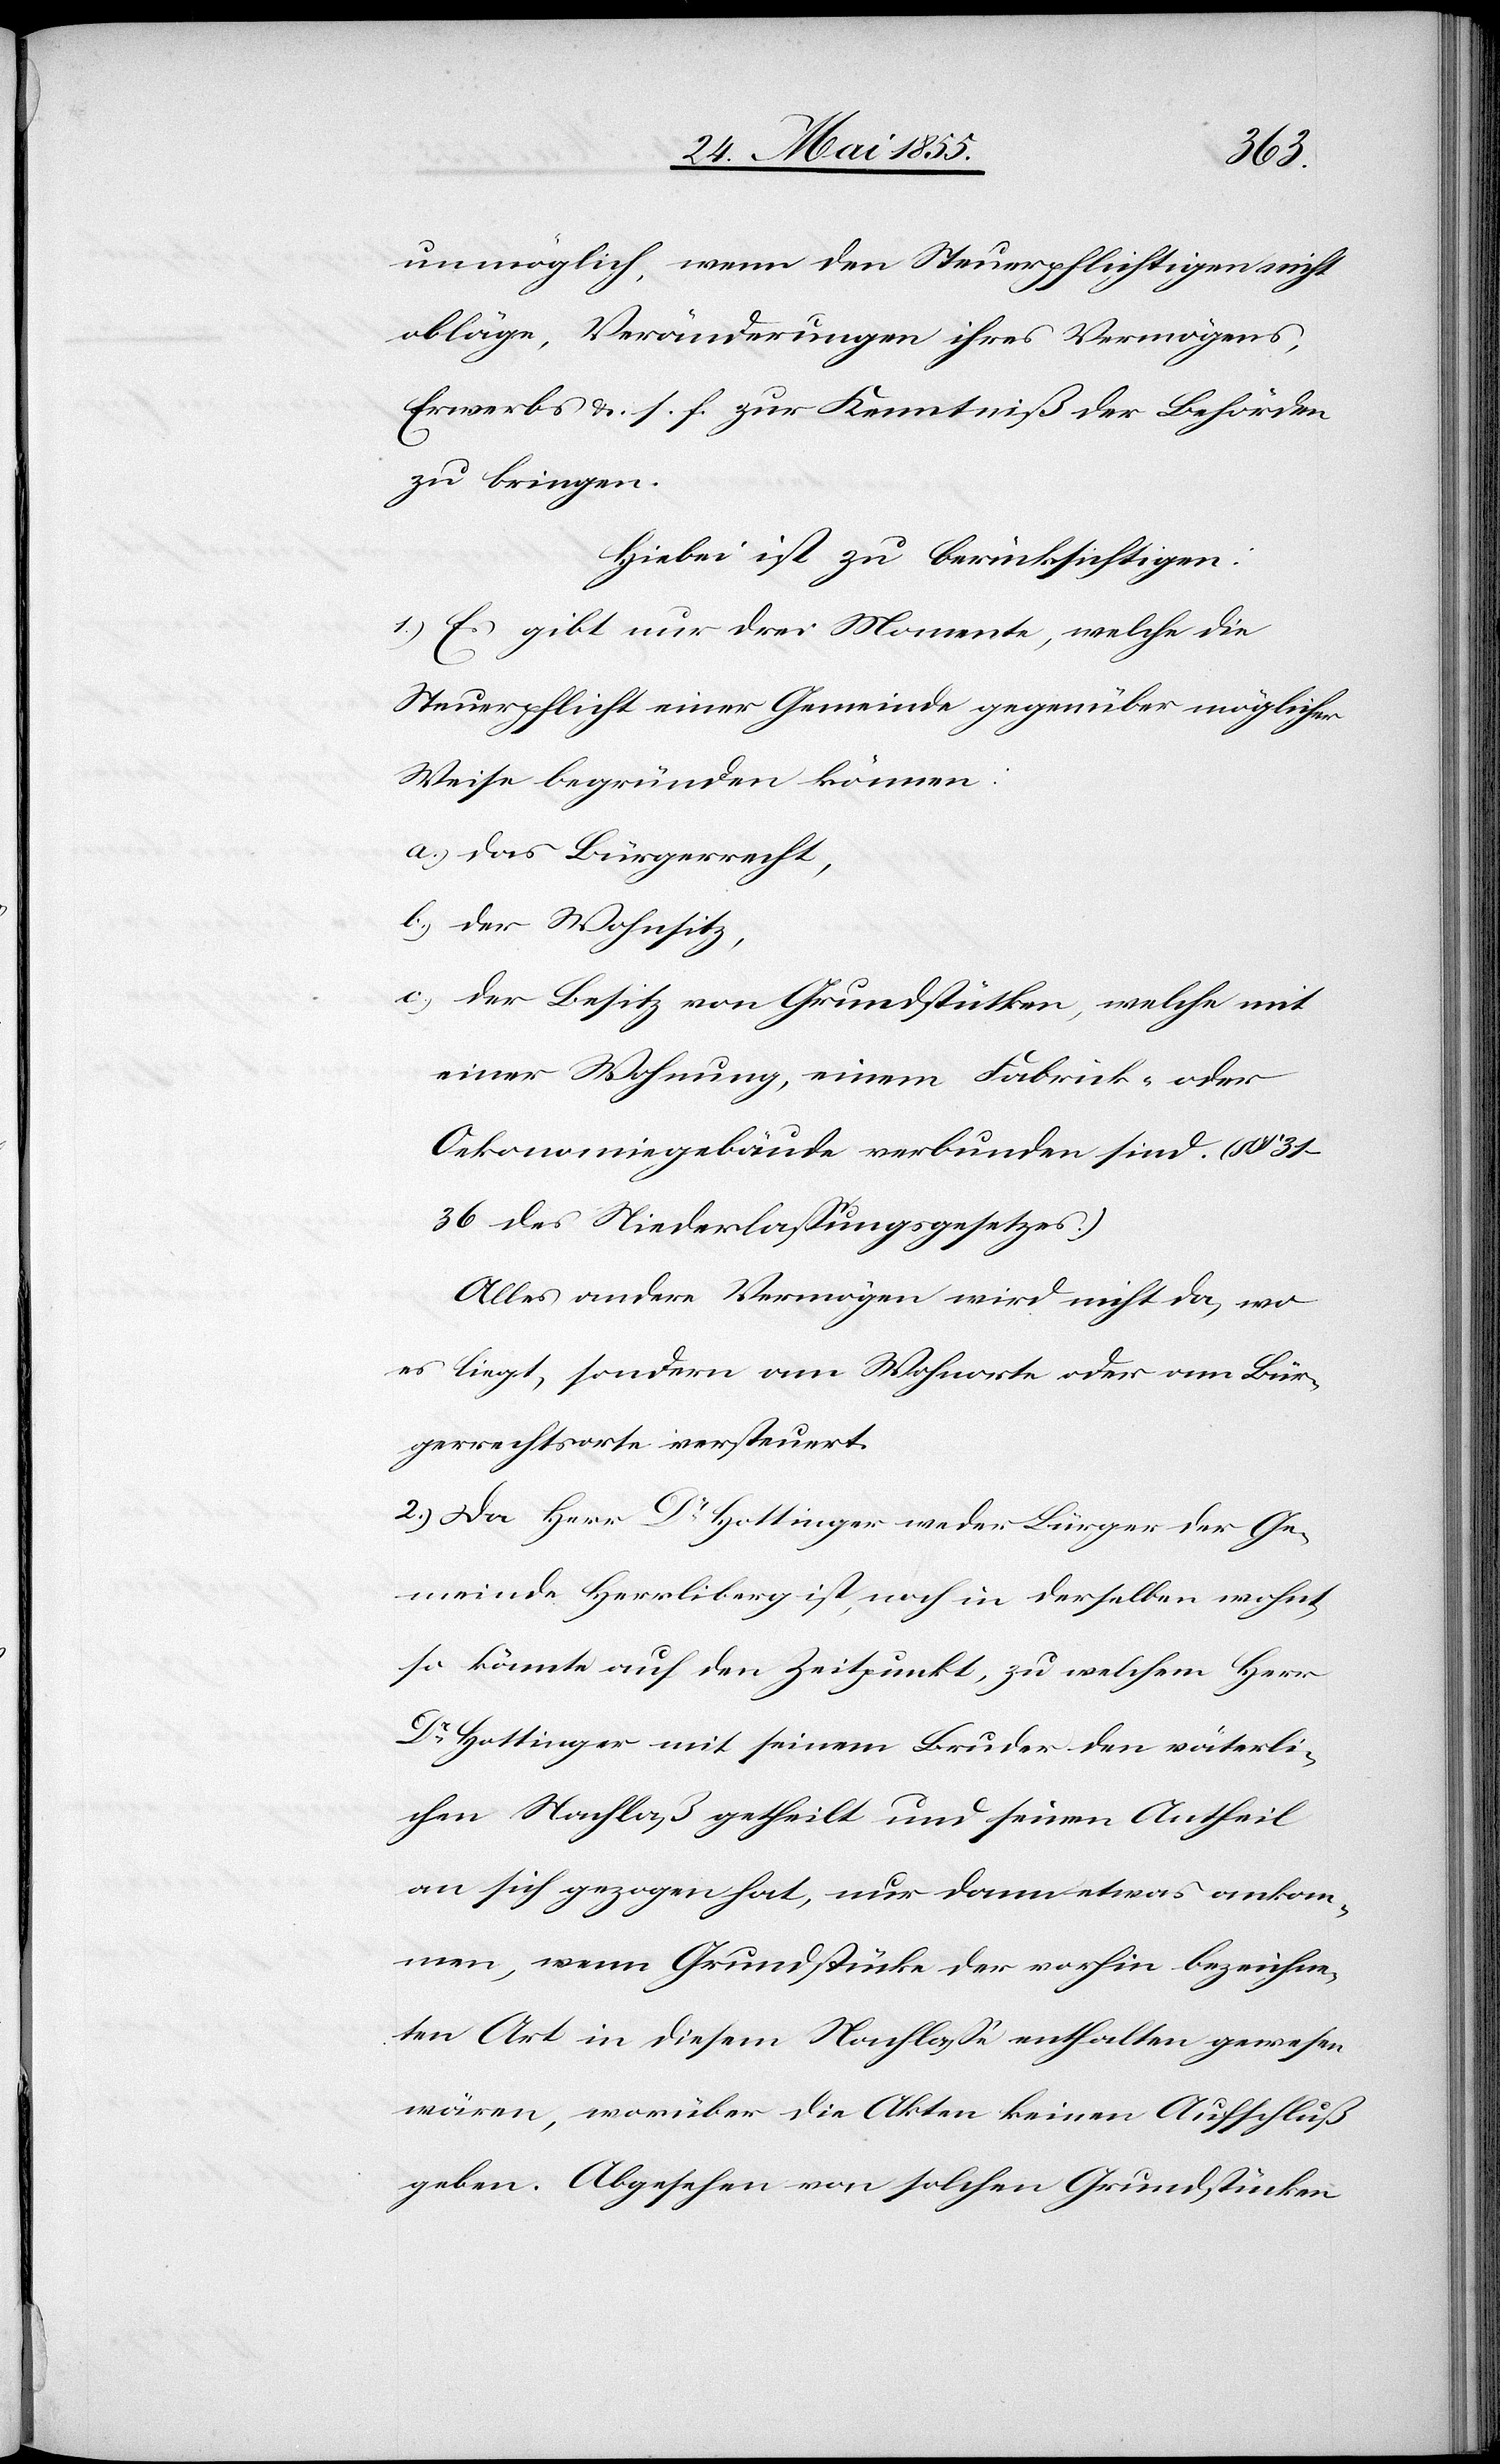
unmöglich, wenn den Steuerpflichtigen nicht
obläge, Veränderungen ihres Vermögens,
Erwerbs &. s. f. zur Kenntniß der Behörden
zu bringen.
Hiebei ist zu berücksichtigen:
1.) Es gibt nur drei Momente, welche die
Steuerpflicht einer Gemeinde gegenüber möglicher
Weise begründen können:
das Bürgerrecht,
der Wohnsitz,
der Besitz von Grundstücken, welche mit
einer Wohnung, einem Fabrik- oder
Oekonomiegebäude verbunden sind. (§§
31–36 des Niederlassungsgesetzes.)
Alles andere Vermögen wird nicht da, wo
es liegt, sondern am Wohnorte oder am Bür¬
gerrechtsorte versteuert.
2.) Da Herr Dr Hottinger weder Bürger der Ge¬
meinde Herrliberg ist, noch in derselben wohnt,
so könnte auf den Zeitpunkt, zu welchem Herr
Dr Hottinger mit seinem Bruder den väterli¬
chen Nachlaß getheilt und seinen Antheil
an sich gezogen hat, nur dann etwas ankom¬
men, wenn Grundstücke der vorhin bezeichne¬
ten Art in diesem Nachlasse enthalten gewesen
wären, worüber die Akten keinen Aufschluß
geben. Abgesehen von solchen Grundstücken